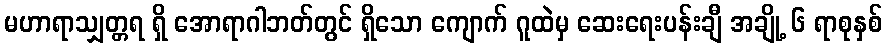
မဟာရာသျှတ္တရ ရှိ အောရာဂါဘတ်တွင် ရှိသော ကျောက် ဂူထဲမှ ဆေးရေးပန်းချီ အချို့ ၆ ရာစုနှစ်